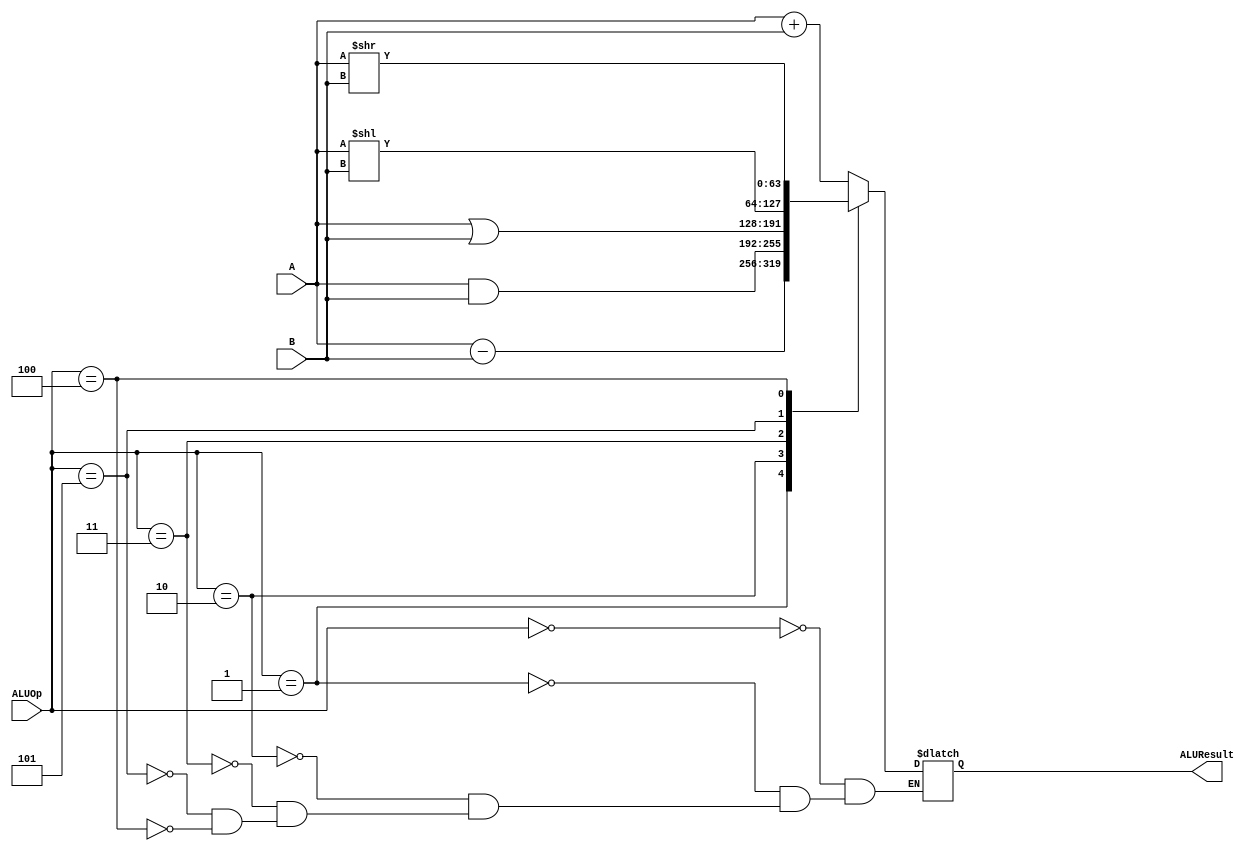
`timescale 1ns / 1ps
//////////////////////////////////////////////////////////////////////////////////
// Company: 
// Engineer: 
// 
// Design Name: 
// Module Name:    ARITHMETIC LOGIC UNIT 
// Project Name: 	 Design ARM Architecture 	
// Target Devices: 
// Tool versions: 
// Description: 
//
// Dependencies: 
//
// Revision: 
// Revision 0.01 - File Created
// Additional Comments: 
//
//////////////////////////////////////////////////////////////////////////////////
module ALU(
    input [63:0] A,
    input [63:0] B,
    input [2:0] ALUOp,
    output reg [63:0] ALUResult
    );
	always @(ALUOp, A, B)
		case (ALUOp)
			'b000: ALUResult <= A+B;
			'b001: ALUResult <= A-B;
			'b010: ALUResult <= A&B;
			'b011: ALUResult <= A|B;
			'b101: ALUResult <= A << B;
			'b100: ALUResult <= A >> B;
		endcase
endmodule